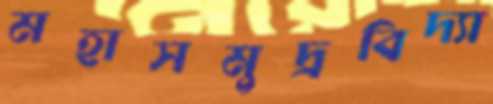
মহাসমুদ্রবিদ্যা